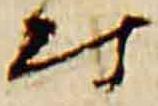
時